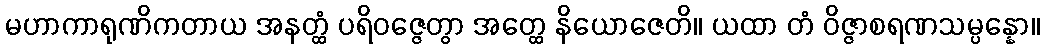
မဟာကာရုဏိကတာယ အနတ္ထံ ပရိဝဇ္ဇေတွာ အတ္ထေ နိယောဇေတိ။ ယထာ တံ ဝိဇ္ဇာစရဏသမ္ပန္နော။